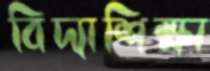
বিদ্যাশিক্ষা